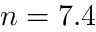
n = 7 . 4